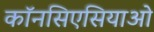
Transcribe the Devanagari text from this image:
कॉनसिएसियाओ